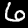
Label: 6